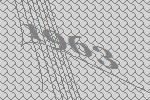
1963